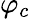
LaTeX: \varphi_{c}